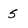
Character: s